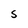
Character: S